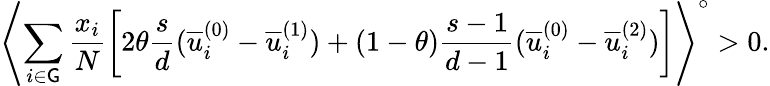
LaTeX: \left\langle\sum_{i\in\mathsf{G}}\frac{{x_{i}}}{{N}}\left[2\theta\frac{{s}}{{d}}(\overline{{{u}}}_{i}^{(0)}-\overline{{{u}}}_{i}^{(1)})+(1-\theta)\frac{{s-1}}{{d-1}}(\overline{{{u}}}_{i}^{(0)}-\overline{{{u}}}_{i}^{(2)})\right]\right\rangle^{\circ}>0.